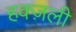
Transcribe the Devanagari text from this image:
हक्ज़ली